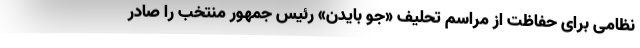
نظامی برای حفاظت از مراسم تحلیف «جو بایدن» رئیس جمهور منتخب را صادر